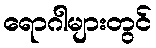
ရောဂါများတွင်